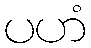
ပဟံ